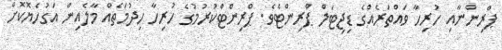
ޕްރިންނާއި ހުރިހާ ވައްތަރެއްގެ ޑިޖިޓަލް ޕްރިންޓެވެ. ޕްރިންޓްކުރުމުގެ ހުރިހާ ހިދުމަތެއް މާލެއިން އަގުހެޔޮކޮށް